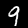
Label: 9